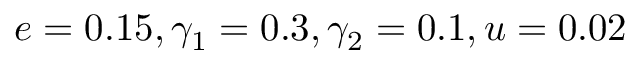
e = 0 . 1 5 , \gamma _ { 1 } = 0 . 3 , \gamma _ { 2 } = 0 . 1 , u = 0 . 0 2